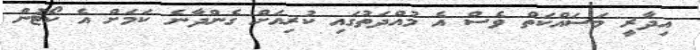
އިދާރީ މަސައްކަތް ވެސް އެ މުއްދަތުގައި ކުރިއަށް ގެންދާނެ ކަމަށް އެ ކޯޓުން